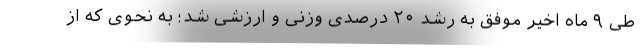
طی ۹ ماه اخیر موفق به رشد ۲۰ درصدی وزنی و ارزشی شد؛ به‌ نحوی ‌که از